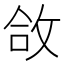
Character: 㪉